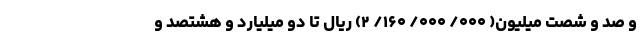
و صد و شصت میلیون( ۰۰۰/ ۰۰۰/ ۱۶۰/ ۲) ریال تا دو میلیارد و هشتصد و